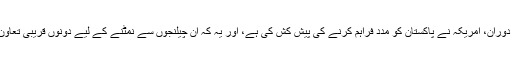
اور، اِس گفتگو کے دوران، امریکہ نے پاکستان کو مدد فراہم کرنے کی پیش کش کی ہے، اور یہ کہ اِن چیلنجوں سے نمٹنے کے لیے دونوں قریبی تعاون جاری رکھیں گے۔